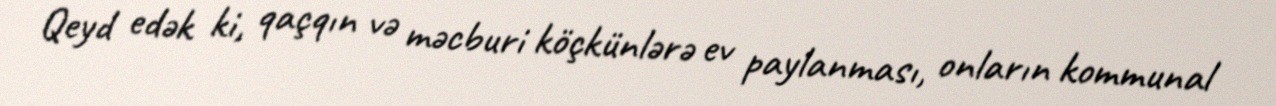
Qeyd edək ki, qaçqın və məcburi köçkünlərə ev paylanması, onların kommunal